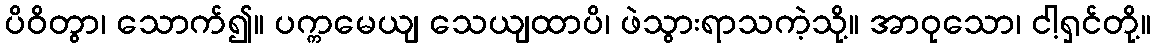
ပိဝိတွာ၊ သောက်၍။ ပက္ကမေယျ သေယျထာပိ၊ ဖဲသွားရာသကဲ့သို့။ အာဝုသော၊ ငါ့ရှင်တို့။